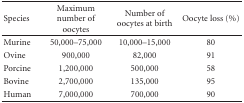
| Species | Maximum number of oocytes | Number of oocytes at birth | Oocyte loss (%) |
 | --- | --- | --- | --- |
 | Murine | 50,000–75,000 | 10,000–15,000 | 80 |
 | Ovine | 900,000 | 82,000 | 91 |
 | Porcine | 1,200,000 | 500,000 | 58 |
 | Bovine | 2,700,000 | 135,000 | 95 |
 | Human | 7,000,000 | 700,000 | 90 |